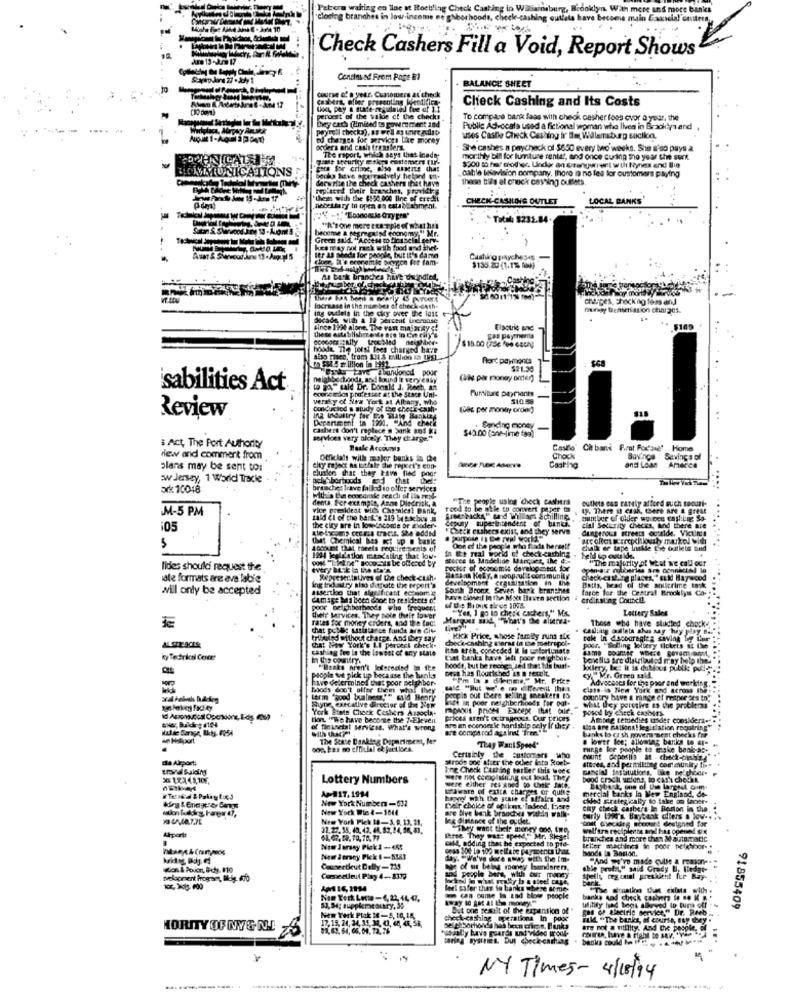
Patore waiting on line nt Roebling Check
closing branches in low income ne ghborbo
Check Cashers Fill a Void, Report Shows
Cendinusd From Page E1
BALANCE SHEET
course of a year. Customers at check
casbent, efter presenting leenticing
Check Cashing and Its Costs
perocit of the wilde ct the checks
To compare bank faas with check casher foss cvor a year, the
hey each (limited to pawmchent and
Public Advocate used a fictional woman who lives in Brocken and
ed charges for services like mocny
usos Castle Check Cashing ir Em, Villersburg socika.
orders and cash transfers.
She cashes a paycheck of $650 every two weeks. She a'so pays a
The report, which says that inade-
monthly bill for lumture rental, and once curing the year the sunk
BIOAMMUNICATIONS
sos for crinoe, also esserts chat
cable belavision company, there is no les for customers paying
derwrite the check cashers that have
Books Mitve eggerrealvoly heland one
thema tis at check casting ouests.
Iplaced their bravhs, provides
'chiesa with the $100.000 line of ere-lit
CHECK-CASHILING OUTLET
LOCAL BANKS
necessary in open on catablaliment.
.. Totil: 8232.84.
become a segregated economy "" Mr.
"N'yone mere ets Tple of what has
Green sald. "Access to Dicasclal serv.
kearray not rack with food and thet-
Itr &s sheds for people, but it's dame
Casting praychoses
$135.20 (1.1% for)
A bank branches hire douindied,
charges, checking fem and
ing outlets in the ciky over the last
Increase in the number of check -cathe
mregy transmission charges.
since 1994 alone, The vast ma way
these establishrre
Eisotric and
$109
$15.00 (75€ for each)
gas payments
hoode The lotsi tees charged have
also risen, from 331.5 million IS IREL
Port payments
$21.30
neighborhonda, and bound it very easy
(all per money onten)
'sabilities Act
economlos profescet at the Stace Uni-
LO E-Laid Dr. Donald J. Rech, an
Furniture Daymiants
versky of New York at Albany, whe
$10.58
conducted a study of the check-cash-
(8c per money order)
Review
ing industry for Cas sate Banking
Department in 1991. "And check
Cashers don't replace a bank and g:
$40.00 (one-lime taa)
Sending money
-
services very aleely. Thay charge."
: Act, The Port Authority
Hasle Accounts
Casto' Cit bank Prat Forsie' Home
few and comment from
Officials with major banks to the
Chock
Savings
Savings of
plans may be sent to:
clusion that they have fied poor
Casting
and Loss Anerce
:ww Jersey, 1 World Tracie
pela borhoodsd that
ark 10018
branches Irawe fallod to offer services
With 's the concansde geacli of ils mest.
denta For example, Anne Diedrick, A
"The people uslos check cashers
outlets cas rarely afford such toourt-
M-5 PM
vice president with Cassies! Bank,
rood to be able to convert paper in
19. Them if cash, there are a great
said ci of the bank's 219 W tobuy #
Srsetbacks" sand Willlars schilling.
Sepury tupertecendent of banki.
105
the city are in low-inconde br moderw
'Check cashers exist, and they serve
dangerous streep oustide. Victims
cial Security checks, and there are
diet Chemical has act up . basic
account that theels require ments of
in Its real world of check-cashing
One of the people who finds herself
halk er tape Inskle Eie outlets und
1234 legislation mu'sling that low-
Stores le Modelian Manquez, the C .-
Feld io ostilde.
"The majority of What we call our
lides shouldi request the
rechot of sooocmis development for
late formats are ave labie
Representatives of Le check-cush.
develsombre argusization in the
Batina Kely, a noopoul t community
check-casting places,"ELkd Haywood
Batts, head of the soulcrime to:k
will only be accepted
log indeutry also dispute the report's
assertloo that sigelficast economy
Sarch Bronx Seven bark branthet
force for the Central Brooklyns Co-
CAmage Ma been Ghoe to residects of
have closed in the Molt Haven section i
erdinsting Council
poor Delchberhoods whe frequent
"Yes, I go to check cachers," Ms.
Lettery Sales
rates for money erders, and the fac.
thelt Mervices. They sole thele lover
Those who have slucted chocke
chat polle assistance finds are Gite
tribeund without charge. And they say
KICK Price, whose family runs sie
ALSPLACES
chat New York's LI perces& check-
cashing fue In the lowest of ary state
podr. "Selling lottery flokets is Che
cy Tedfrkal Centre
boody, but be rechga 'und that his buinf-
List banks have left poce neightbit-
"Beck's aren't lederedled ta fre
Dest has flourished as a result.
louery, bez it is dubious publke pol-
plople we pick up because the banks
Fave determined that poor neighbor-
"Pm la s diemme," Mr. Price
Advocates for the poor and werking.
Boods don't offer them whl they
class is New York and across the
term "good balness."" suld Heary
Shyne, executive director of The New
Mich IE poor neighborhoods for ogf-
poopis out there selling sneakers to
country bave a range of praper te's to"
York Stete Chock Ceshtra Asaos
poscal ly check cashers
west Ley perceive as the problemas
Hey, Bildre 1124
this "We have beconte the 7-Eleven
prices aren't octrageous. Our prices
Ambitg remedies under considera-
of financial services. What's wrong
Aire an ecensegle hardship cely If they
are compt rod against 'free."
Les are Rations ! legislation requiring
an Holapaort
The State Banking Department, for
banks to cz sh povera ment checks for
a lower loe; allowtag barkos to ar-
They Want Speed'
mirge loe people to miske bank-as+
de Airport:
MArode one atier the outer lato Roeb-
stores, and peritillting community bis"
Ine Check Cutting earlier this twee€
Lottery Numbers
were not complaining out loud. They
were either res goed to take Jate.
bood gracil ucions, to cash checht
A+=#17.1994
aware of exita charges or quite
mercial banks in New England. do-
Layback, one of the largest omm.
New York Numbers-632
chlad Erategically to take on faner-
New York Wie 4-1844
gre Sive bank branches withda wall-
Chair choice of spikat.ladeed, there
check casters In Boston in the.
New York Plek 18-3,9,13. 21.
leg distance of the outkt.
Carly (H's Baybank offers a ow -..
ont dyckirg soccunt designed for
Airport:
22.27.35. 43. 42. 44.82.24, 50, 81.
"They want their money ons Im0.
well tra recipiente and has opened Six
call, adding that he expected to pis-
Ihrse They was: speed," Mr. Skjel
branches and more then & alatapoetic
New Jersey Plek1-465
Belter machines in poor helghoof- .
Mode is Boston.
New Jersey Plek 1-5583
day. "We've dere sowy with the Im-
"And we're made quite & reasone
won & Poicr, B-chy, 110
Ceunertkut Dally-235
Dog of us beln money Isanderen,
abit profil" said Grady U, Hledat-
tvelopment Program, Bilalg. 670
sod people bars, with our mandy
speth textual preeklent fue Bay-
bark
A# 16, 1134
wwel esfer thes fe banks where &
Nom Tock Lecse-4,22, 14, 07,
kowy to pat at the money
But one remit of the expansion of "
Wlility had begs alleved ip tuna off
of Electric service," Dr. Reeb.
91855409
New York Pick 10-5, 10, 16.
Check-cashing operations In pooc
Fald "The banks, of course, say they .
HORITY OF NYG NL
17,15, 24, 34, 31, 34, 41, 64, 45, 58,
are not a utility, And the people. of
banks could be Ffea
NY Times- 4/15/94